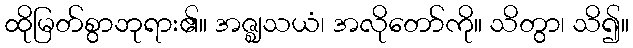
ထိုမြတ်စွာဘုရား၏။ အဇ္ဈသယံ၊ အလိုတော်ကို။ သိတွာ၊ သိ၍။